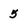
Character: 5